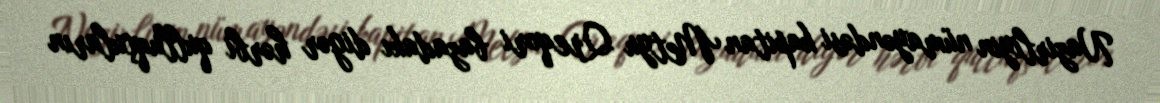
Nazirliyin nümayəndəsi kapitan Metyu Qreqori bazadakı digər hərbi qulluqçuların